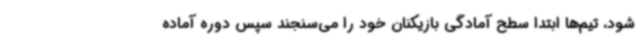
‌شود، تیم‌ها ابتدا سطح آمادگی بازیکنان خود را می‌سنجند سپس دوره آماده